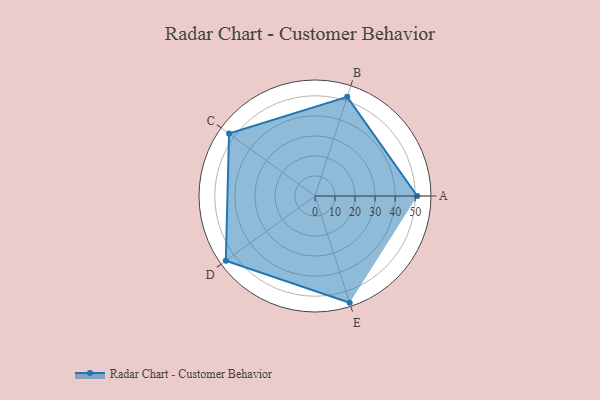
{"axis": {"x": "Skill", "y": "Score"}, "legend": ["Profile"], "data": [{"x": "A", "y": 51.0, "type": "Profile"}, {"x": "B", "y": 52.0, "type": "Profile"}, {"x": "C", "y": 53.0, "type": "Profile"}, {"x": "D", "y": 55.0, "type": "Profile"}, {"x": "E", "y": 56.0, "type": "Profile"}]}